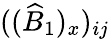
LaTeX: ((\widehat{B}_{1})_{x})_{ij}